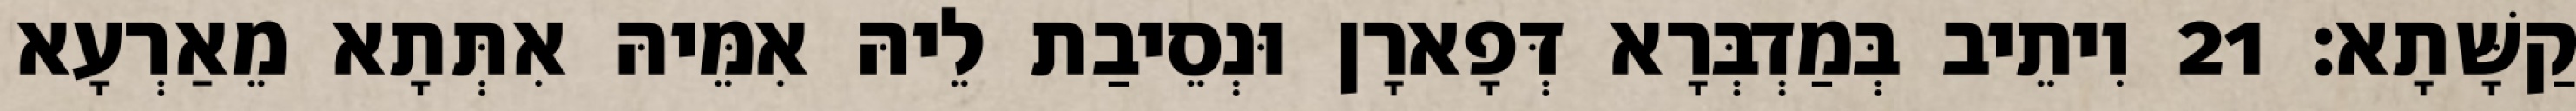
קַשָּׁתָא׃ 21 וִיתֵיב בְּמַדְבְּרָא דְּפָארָן וּנְסֵיבַת לֵיהּ אִמֵּיהּ אִתְּתָא מֵאַרְעָא